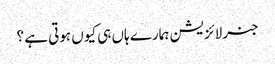
جنرلائزیشن ہمارے ہاں ہی کیوں ہوتی ہے ؟